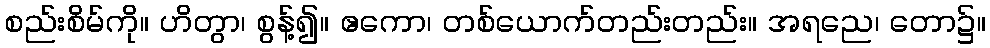
စည်းစိမ်ကို။ ဟိတွာ၊ စွန့်၍။ ဧကော၊ တစ်ယောက်တည်းတည်း။ အရညေ၊ တော၌။